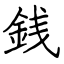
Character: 銭